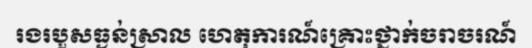
រងរបួសធ្ងន់ស្រាល ហេតុការណ៍គ្រោះថ្នាក់ចរាចរណ៍